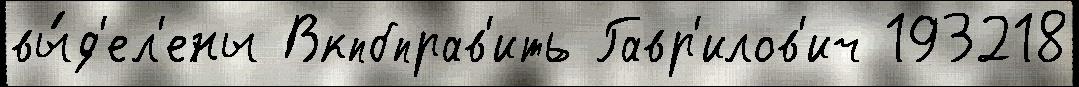
вы́д'ел'ены Вкпбправ'ить Гавр'илов'ич 193218